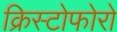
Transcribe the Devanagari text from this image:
क्रिस्टोफोरो